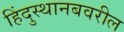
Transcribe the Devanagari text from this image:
हिंदुस्थानबवरील